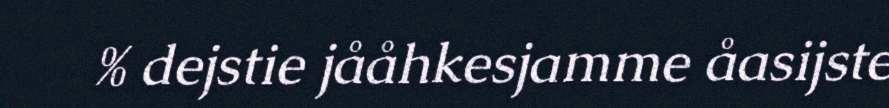
% dejstie jååhkesjamme åasijste